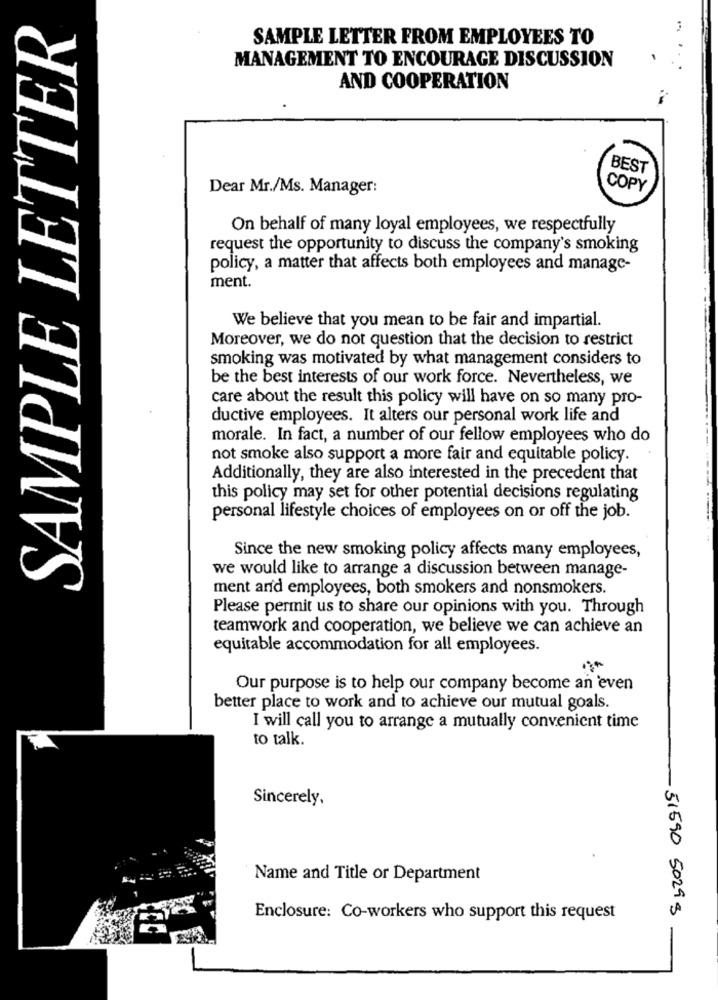
SAMPLE LETTER
SAMPLE LETTER FROM EMPLOYEES TO
MANAGEMENT TO ENCOURAGE DISCUSSION
AND COOPERATION
BEST
Dear Mr./Ms. Manager:
COPY
On behalf of many loyal employees, we respectfully
request the opportunity to discuss the company's smoking
policy, a matter that affects both employees and manage-
ment.
We believe that you mean to be fair and impartial.
Moreover, we do not question that the decision to restrict
smoking was motivated by what management considers to
be the best interests of our work force. Nevertheless, we
care about the result this policy will have on so many pro-
ductive employees. It alters our personal work life and
morale. In fact, a number of our fellow employees who do
not smoke also support a more fair and equitable policy.
Additionally, they are also interested in the precedent that
this policy may set for other potential decisions regulating
personal lifestyle choices of employees on or off the job.
Since the new smoking policy affects many employees,
we would like to arrange a discussion between manage-
ment and employees, both smokers and nonsmokers.
Please permit us to share our opinions with you. Through
teamwork and cooperation, we believe we can achieve an
equitable accommodation for all employees.
Our purpose is to help our company become an even
better place to work and to achieve our mutual goals.
I will call you to arrange a mutually convenient time
to talk.
Sincerely,
Name and Title or Department
- 51590 5029 5
Enclosure: Co-workers who support this request